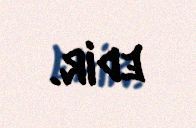
edir.